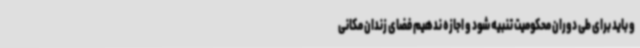
و باید برای طی دوران محکومیت تنبیه شود و اجازه ندهیم فضای زندان مکانی